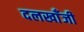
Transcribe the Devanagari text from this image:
दलखाँजी